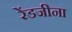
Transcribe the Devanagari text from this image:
रेंडजीना